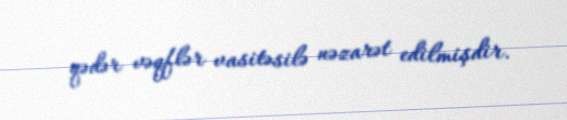
qədər vəqflər vasitəsilə nəzarət edilmişdir.